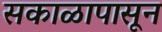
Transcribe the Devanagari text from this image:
सकाळापासून